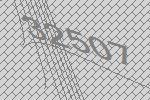
32507